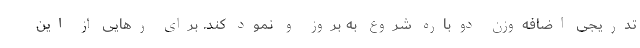
تدریجی اضافه‌وزن دوباره شروع به بروز و نمود کند. برای رهایی از این